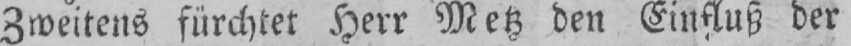
Zweitens fürchtet Herr Metz den Einfluß der